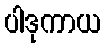
ပါဒုကာယ